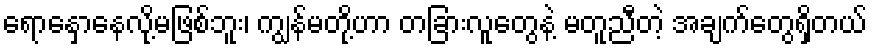
ရောနှောနေလို့မဖြစ်ဘူး၊ ကျွန်မတို့ဟာ တခြားလူတွေနဲ့ မတူညီတဲ့ အချက်တွေရှိတယ်